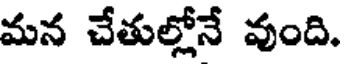
మన చేతుల్లోనే వుంది.